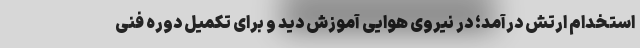
استخدام ارتش درآمد؛ در نیروی هوایی آموزش دید و برای تکمیل دوره فنی